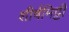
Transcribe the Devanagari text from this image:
शीर्षमिट्टी